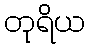
တုရိယ